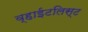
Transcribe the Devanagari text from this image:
व्हाईटलिस्ट